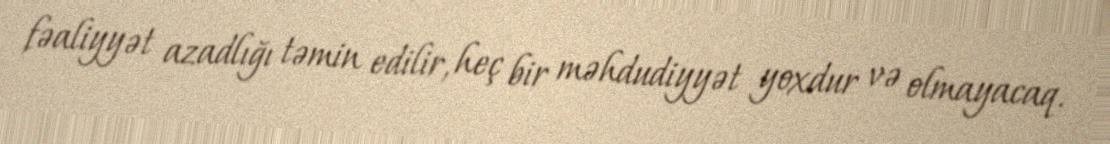
fəaliyyət azadlığı təmin edilir, heç bir məhdudiyyət yoxdur və olmayacaq.